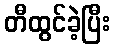
တီထွင်ခဲ့ပြီး